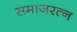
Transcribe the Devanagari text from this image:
समाजरत्न